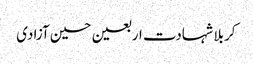
کربلا شہادت اربعین حسین آزادی